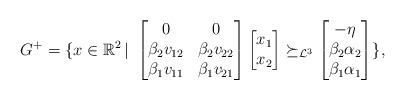
LaTeX: \begin{align*}G^+=\{x\in\mathbb{R}^2\, | \ \begin{bmatrix}0 & 0 \\ \beta_2v_{12} & \beta_2v_{22} \\ \beta_1v_{11} & \beta_1v_{21}\end{bmatrix}\begin{bmatrix}x_1 \\ x_2\end{bmatrix}\succeq_{\mathcal{L}^3}\begin{bmatrix}-\eta \\ \beta_2\alpha_2 \\\beta_1\alpha_1\end{bmatrix}\},\end{align*}